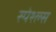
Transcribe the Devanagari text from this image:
स्पेश्ल्स